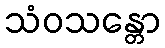
သံဝသန္တော